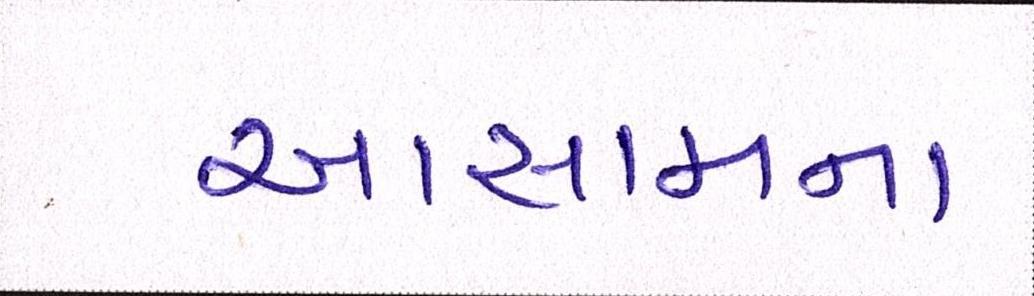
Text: આસામના